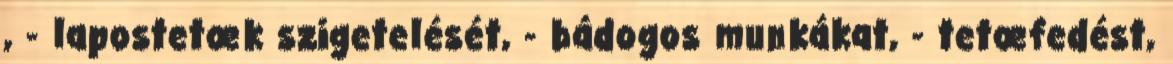
, - lapostetœk szigetelését, - bádogos munkákat, - tetœfedést,